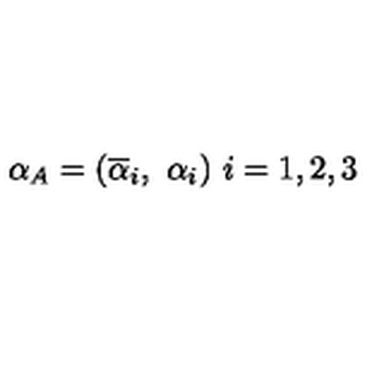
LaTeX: \alpha _ { A } = ( \overline { { \alpha } } _ { i } , \ \alpha _ { i } ) \ i = 1 , 2 , 3